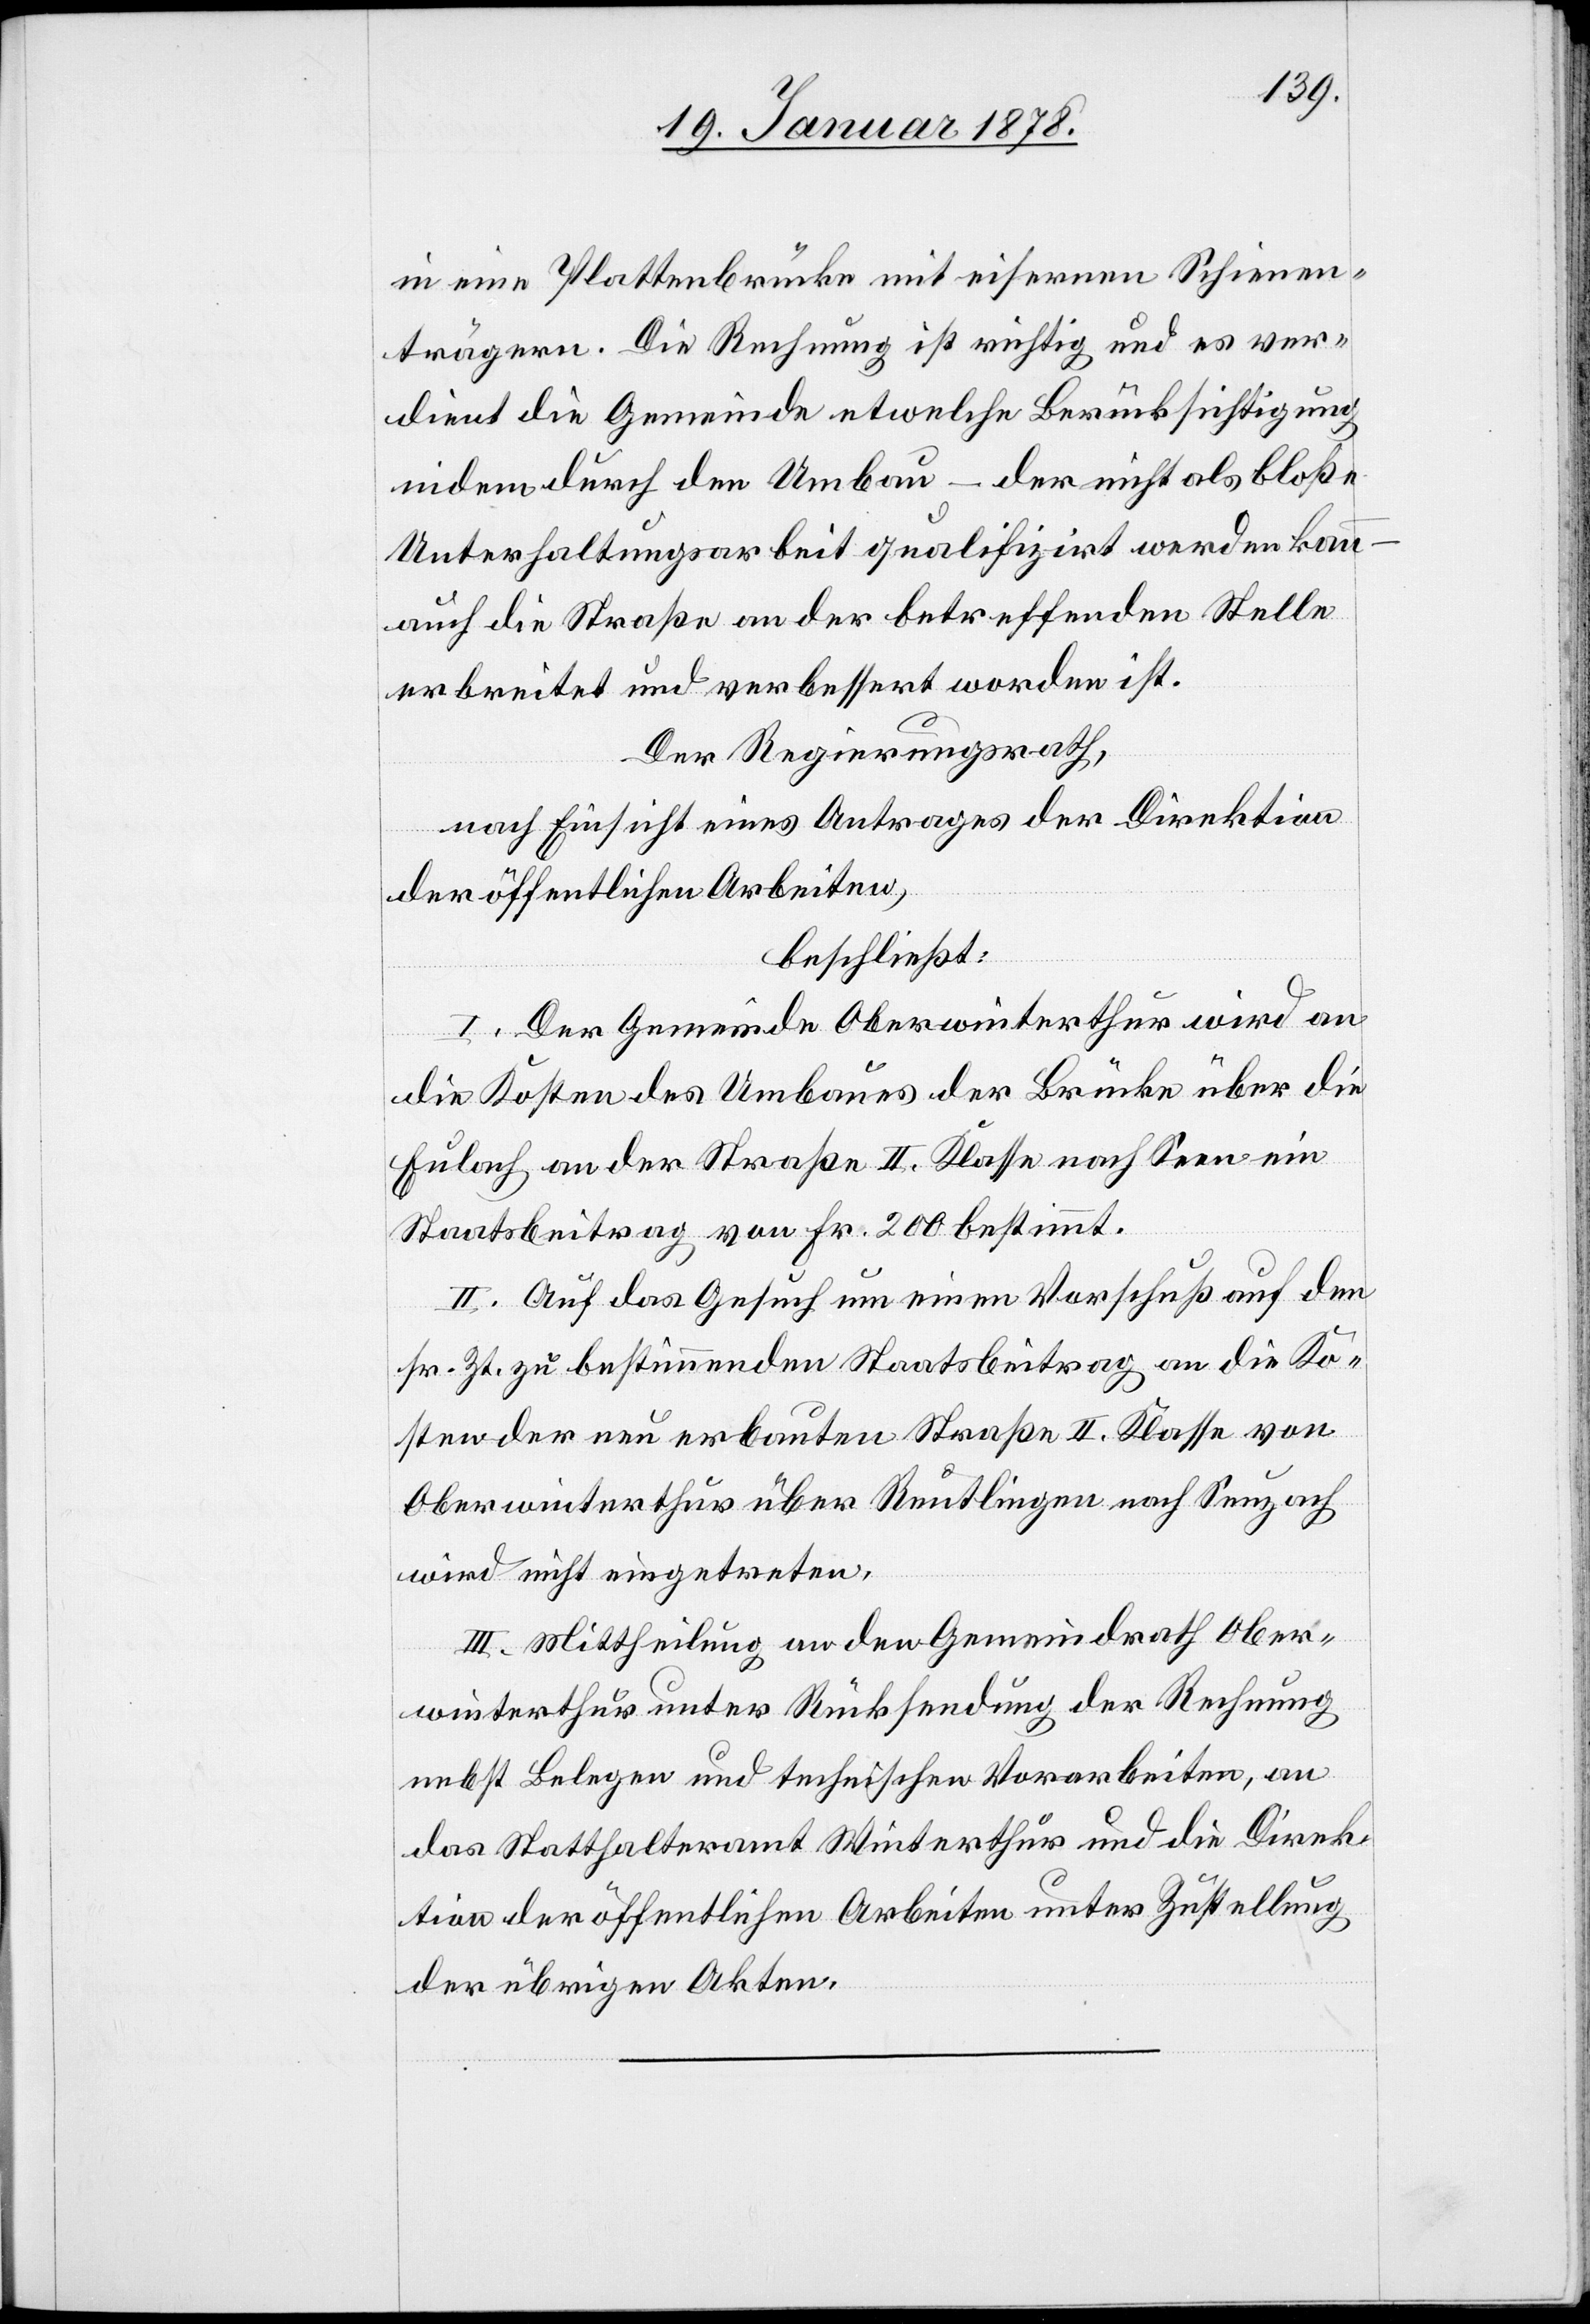
in eine Plattenbrücke mit eisernen Schienen¬
trägern. Die Rechnung ist richtig und es ver¬
dient die Gemeinde etwelche Berücksichtigung
indem durch den Umbau – der nicht als bloße
Unterhaltungsarbeit qualifizirt werden kann
auch die Straße an der betreffenden Stelle
erbreitet und verbessert worden ist.
Der Regierungsrath,
nach Einsicht eines Antrages der Direktion
der öffentlichen Arbeiten,
beschließt:
I. Der Gemeinde Oberwinterthur wird an
die Kosten des Umbaues der Brücke über die
Eulach an der Straße II. Klasse nach Seen ein
Staatsbeitrag von Fr. 200 bestimmt.
II. Auf das Gesuch um einen Vorschuß auf den
sr. Zt. zu bestimmenden Staatsbeitrag an die Ko¬
sten der neu erbauten Straße II. Klasse von
Oberwinterthur über Reutlingen nach Seuzach
wird nicht eingetreten.
III. Mittheilung an den Gemeindrath Ober¬
winterthur unter Rücksendung der Rechnung
nebst Belegen und technischen Vorarbeiten, an
das Statthalteramt Winterthur und die Direk¬
tion der öffentlichen Arbeiten unter Zustellung
der übrigen Akten.